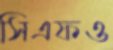
সিএফও